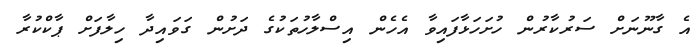
އެ ގާނޫނަށް ސަރުކާރުން ހުށަހަޅާފައިވާ އެހެން އިސްލާހުތަކުގެ ދަށުން ގަވައިދާ ހިލާފަށް ޕާކްކުރާ